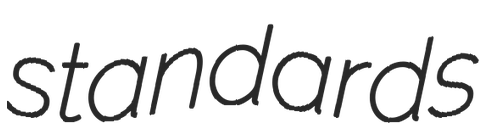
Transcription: standards